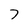
Character: 7